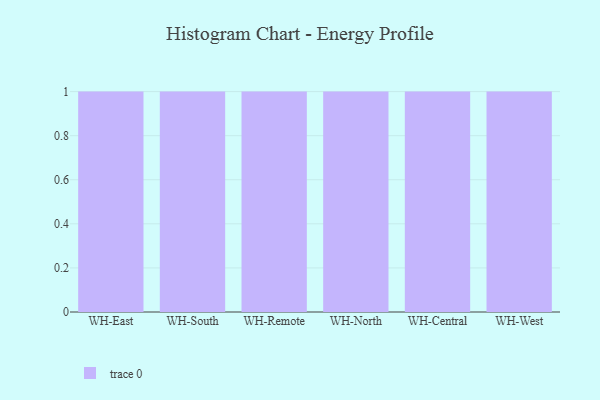
{"axis": {"x": "Warehouse", "y": "Production Output"}, "legend": [""], "data": [{"x": "WH-East", "y": 14, "type": ""}, {"x": "WH-South", "y": 40, "type": ""}, {"x": "WH-Remote", "y": 89, "type": ""}, {"x": "WH-North", "y": 42, "type": ""}, {"x": "WH-Central", "y": 48, "type": ""}, {"x": "WH-West", "y": 78, "type": ""}]}